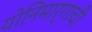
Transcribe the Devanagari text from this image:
योनिमार्गाची